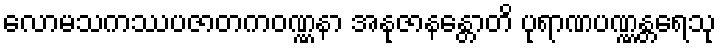
လောမသကဿပဇာတကဝဏ္ဏနာ အနုဇာနန္တောတိ ပုရာဏပဏ္ဏန္တရေသု